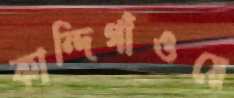
কান্দিগাঁওয়ে